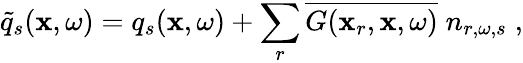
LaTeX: \widetilde{q}_{s}(\mathbf{x},\omega)=q_{s}(\mathbf{x},\omega)+\sum_{r}\overline{{G(\mathbf{x}_{r},\mathbf{x},\omega)}}\; n_{r,\omega,s}\; ,